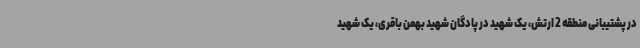
در پشتیبانی منطقه 2 ارتش، یک شهید در پادگان شهید بهمن باقری، یک شهید